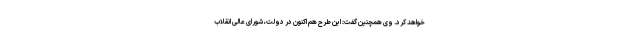
خواهد کرد. وی همچنین گفت: این طرح هم اکنون در دولت، شورای عالی انقلاب